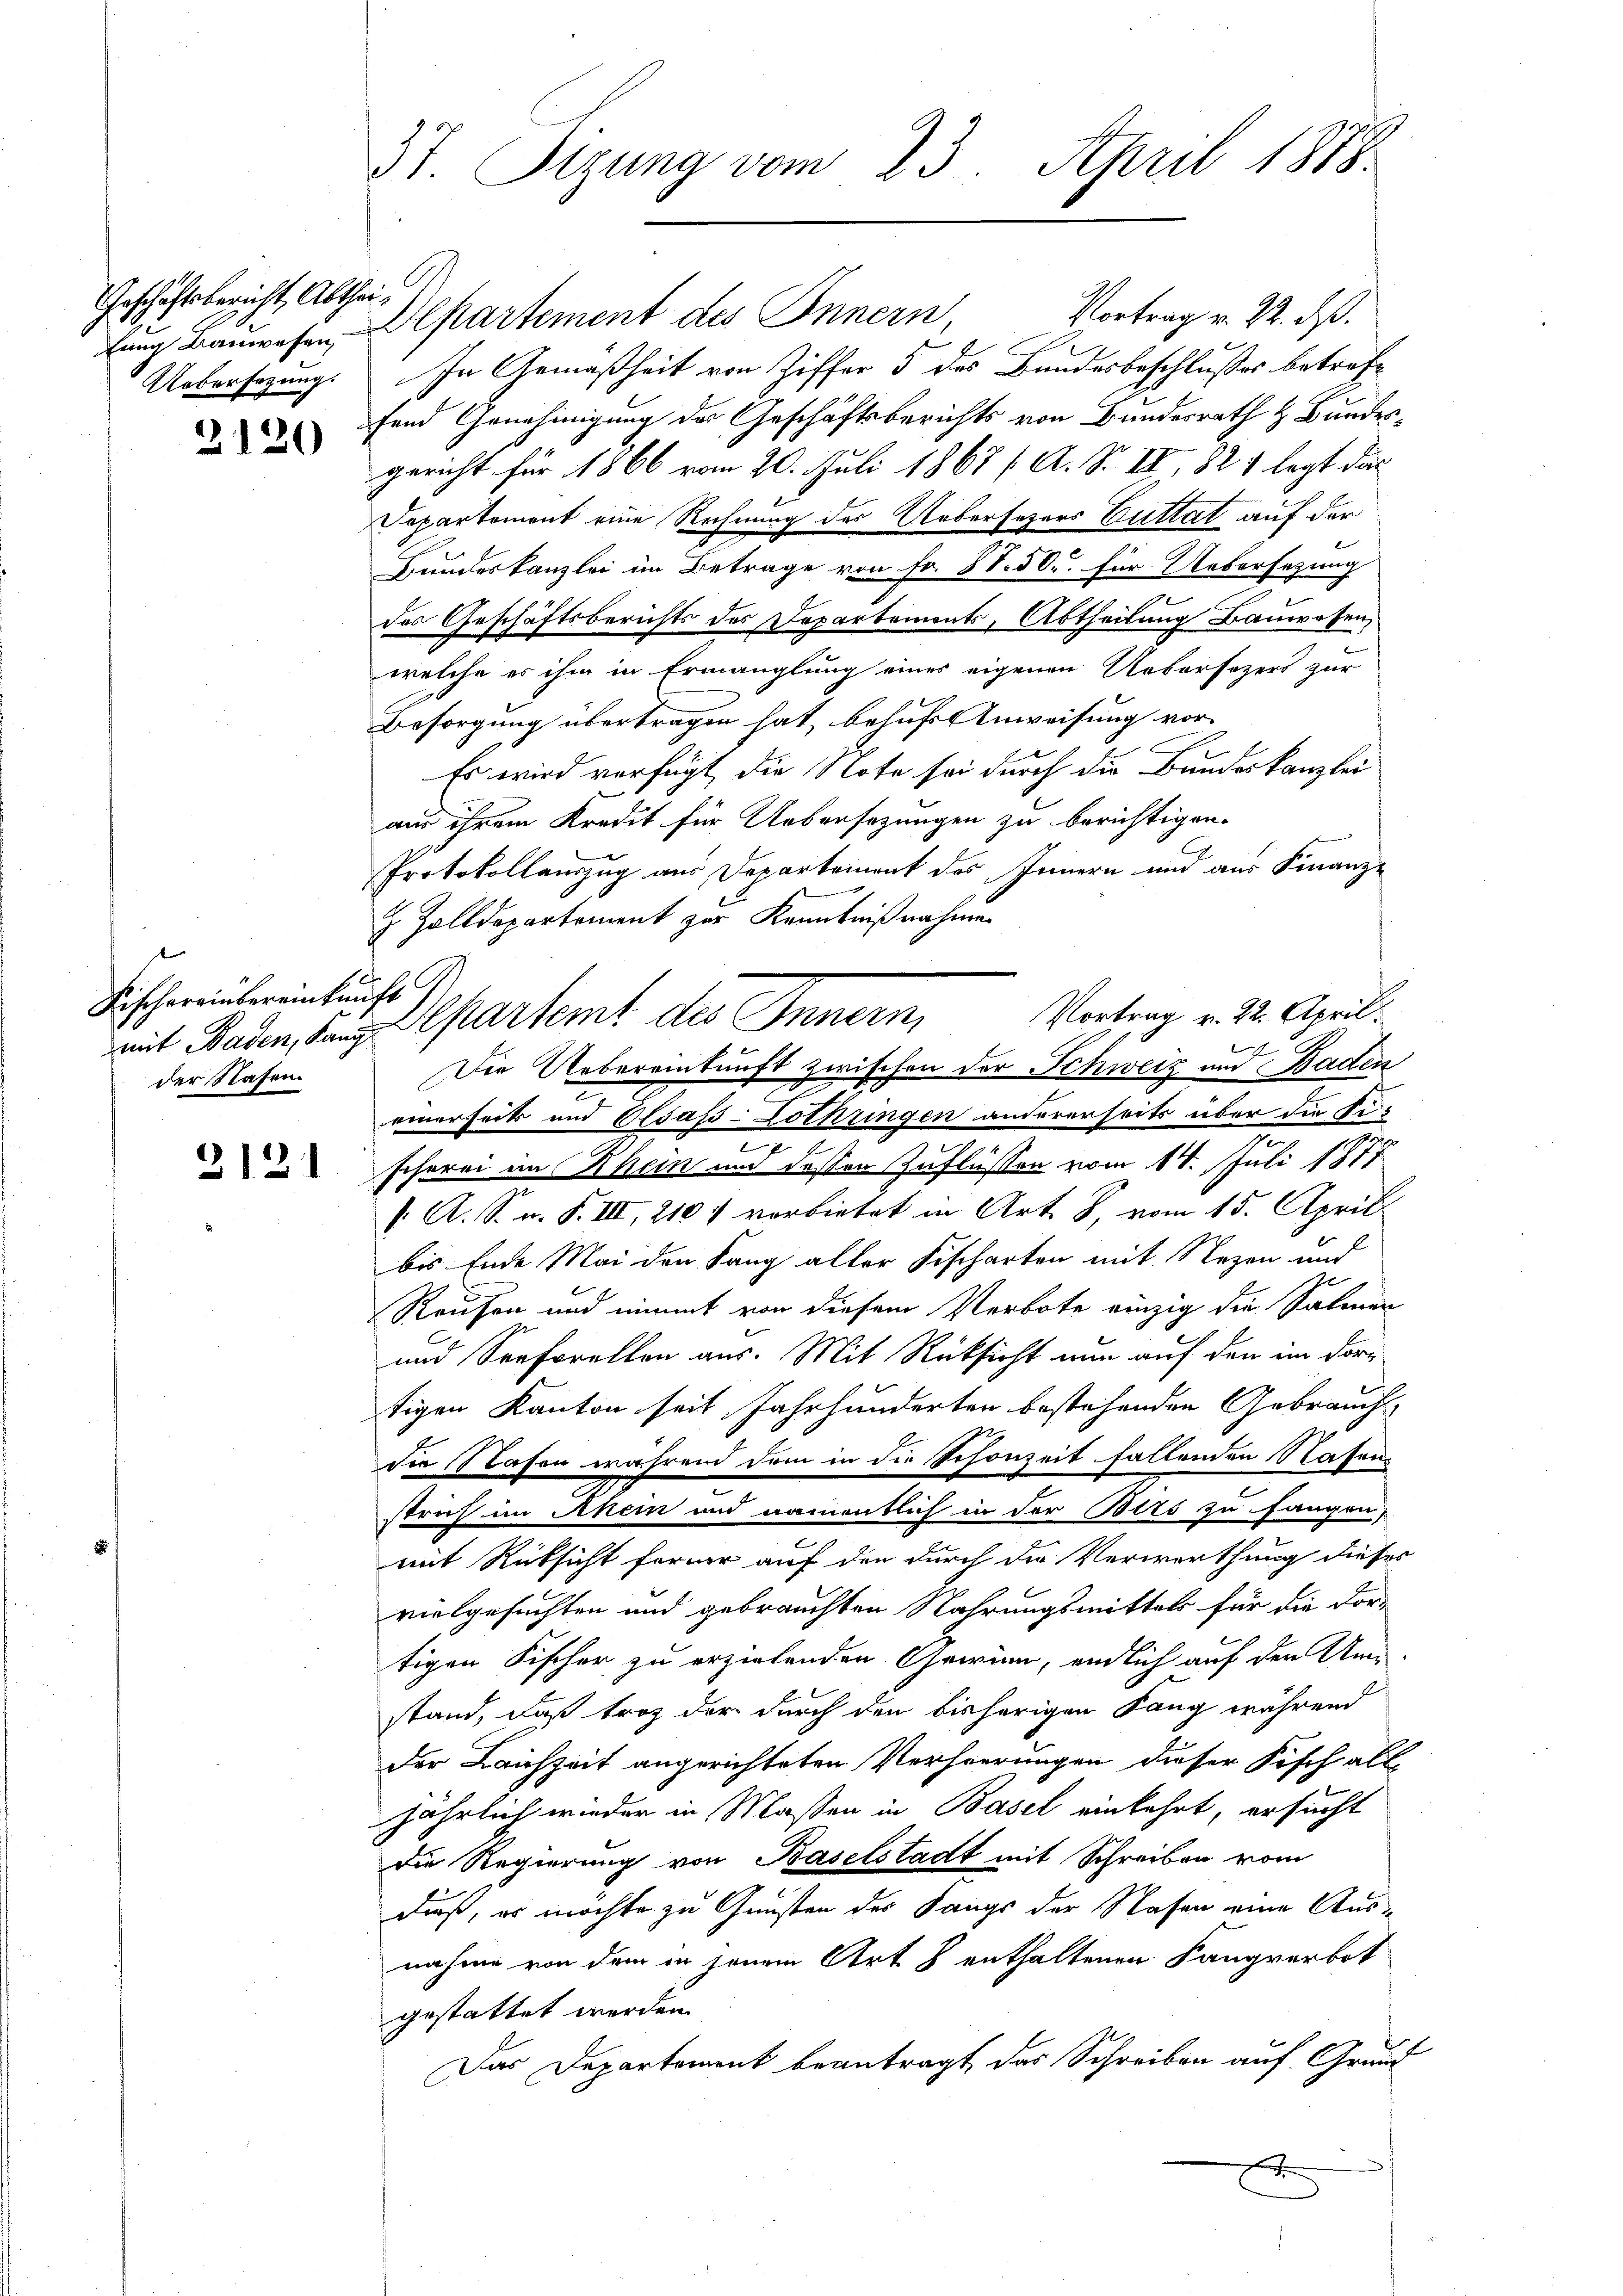
Geschäftsbericht, Abthei¬
Uebersezung.

2120

Fischereinbereinkunft
der Nafen.

2121

37. Sizung vom 23. April 1888.

hung Bauwesen Departement des Innern, Vortrag v. 22. ds.
In Gemäßheit von Ziffer 5 des Bundesbeschlußes betreffend Genehmigung des Geschäftsberichts von Bundesrath & Bundesgericht für 1866 vom 20. Juli 1868 / A. S. II, 82 & legt das
Departement eine Rechnung der Uebersezers Guttat auf der
Bundeskanzlei im Betrage von Fr. 88. 50. für Uebersezung
des Geschäftsberichts des Departements, Abtheilung Bauwesen,
welche es ihm in Ermanglung eines eigenen Uebersezers zur
Besorgung übertragen hat, behufs Anweisung vor
Es wird verfügt, die Note sei durch die Bundeskanzlei
aus ihrem Kredit für Uebersezungen zu berichtigen.
Protokollauszug aus Departement des Innern und aus Finanz¬
Z. Zolldepartement zur Kenntnißnahmen
Vortrag v. 22. April.
.
Die Uebereinkunft zwischen der Schweiz und Baden
einerseit und Elsaß-Lothringen andererseits über die Fischerei im Rhein und dessen Zuflüssen vom 14. Juli 1877
 A. S. n. F. III, 210 f vorbietet in Art. 8, vom 15. April
bis Ende Mai den fang aller Fischarten mit Nezen und
Raufen und nimmt von diesem Verbote einzig die Salmen
und Seeforellen aus. Mit Rücksicht nun auf den im Dorn
tigen Kanton seit Jahrhunderten bestehenden Gebrauch,
die Nasen während dem in die Schonzeit fallenden Stafen
.
strich im Rhein und namentlich in der Bits zu fangen,
mit Rücksicht former auf den durch die Verwortung dieses
vielgesuchten und gebrauchten Nahrungsmittels für die dortigen Fischer zu erzielenden Gewinn, endlich auf den Unstand, daß troz der durch den bisherigen Lang während
der Leichzeit angerichteten Verheerungen dieser Fisch alljährlich wieder in Massen in Basel einkehrt, ersucht
die Regierung von Baselstadt mit Schreiben vom
dieß, es möchte zu Gunsten des Sangs der Nasen eine Ausnahme von dem in jenem Art 8 enthaltenen Fangverbot
gestattet werden.
Das Departement beantragt, das Schreiben auf Grund
A

G.
mit Baden, den partemt des Innern,